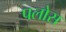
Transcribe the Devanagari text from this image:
पलोस